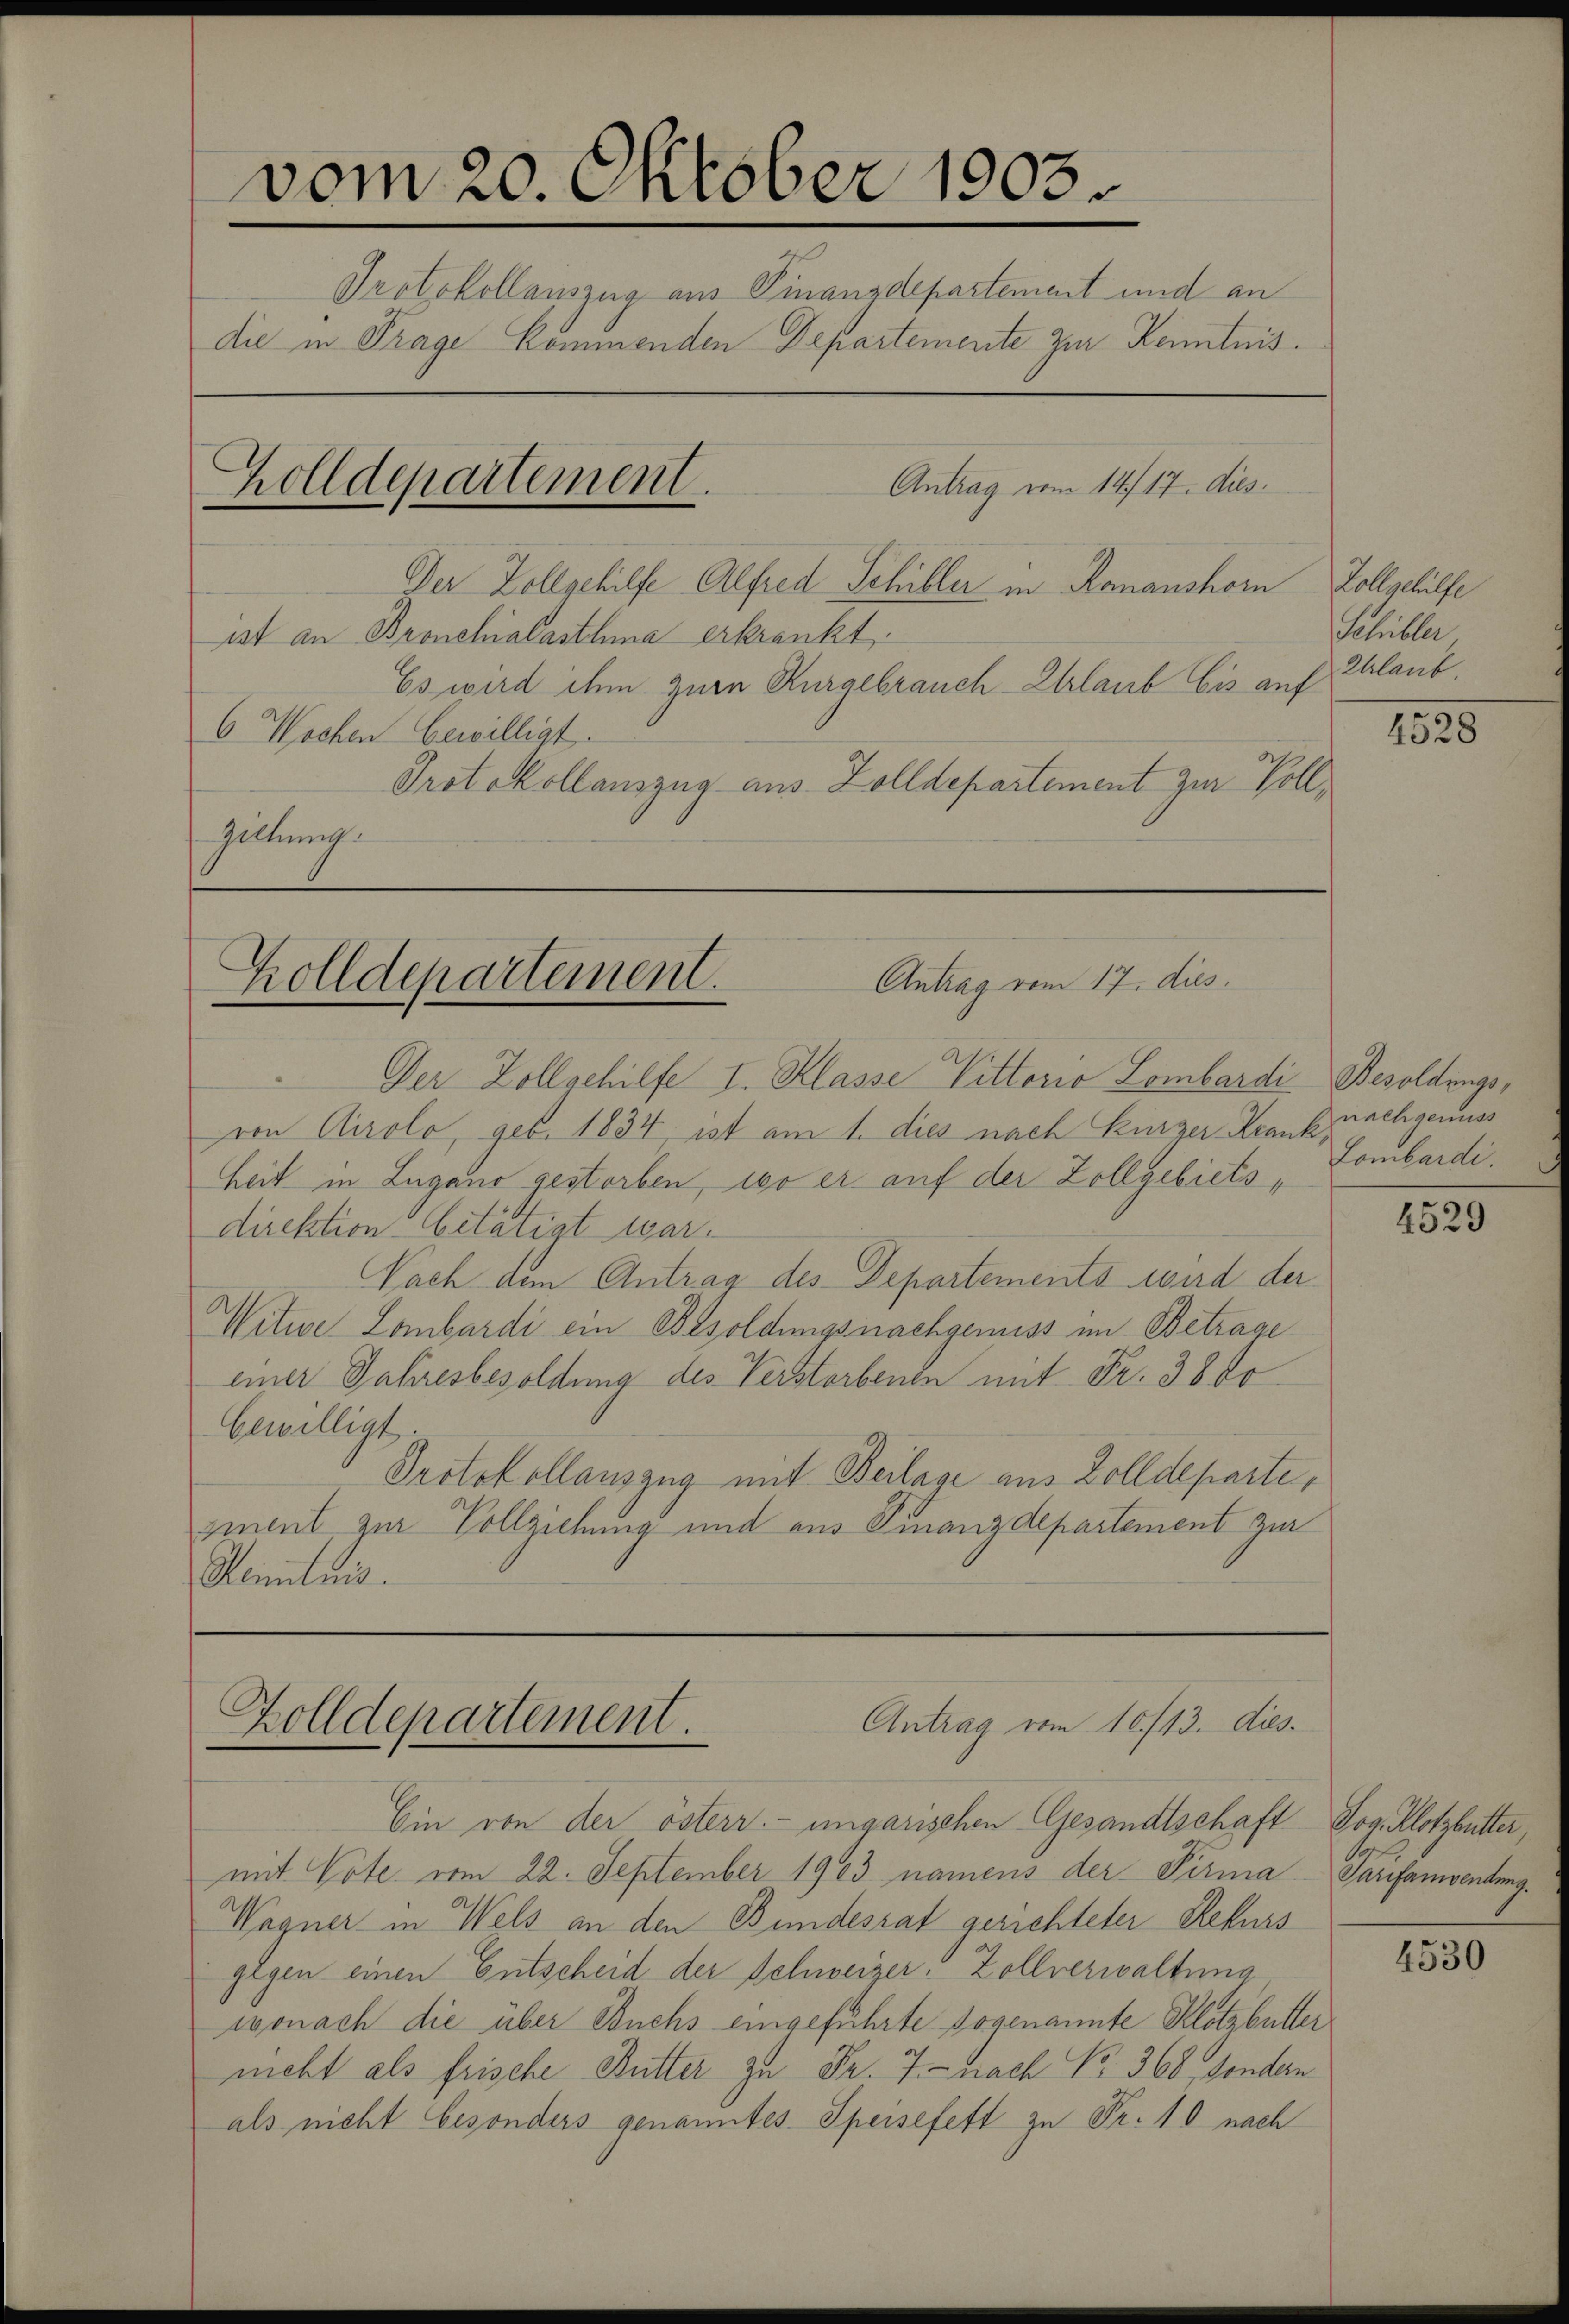
vom 20. Oktober 1903.
Protokollauszug aus Finanzdepartement und an
die in Frage kommenden Departemente zur Kenntnis¬
Antrag vom 14. 17. dies
Holldepartement.
Der Zollgehilfe Alfred Schiller in Romanshorn Zollgehülfe
ist an Bronchialastina erkrankt
Es wird ihm zur Kurgebrauch Erlaub bis auf Erlaub.
6 Wochen bewilligt.
Protokollauszug aus Zolldepartement zur Voll¬
Zillung

Antrag vom 17. dies
Zolldepartement.

Der Zollgehilfe I. Klasse Vittorio Lombardi Besoldungsvon Airolo, geb. 1834, ist am 1. dies nach Bürger Krankheit in Lugano gestorben, wo er auf der Zollgebietsdirektion betätigt war.
Nach dem Antrag des Departements wird der
Witwe Lombardi ein Besoldungsnachgewiss im Betrage
einer Jahresbesoldung des Verstorbenen mit Fr. 38 do
bewilligt
Protokollauszug mit Beilage aus Zolldeparte,
zient zur Vollziehung und aus Finanzdepartement zur
Kenntnis.

Antrag vom 10/13. dies
Zolldepartement.

Ein von der österr. ungarischen Gesandtschaft Jos. Klotzbutter,
mit Vote vom 22. September 1903 namens der Firma Sarfamventung.
Wagner in Wels an den Bundesrat gerichteter Rekurs
gegen einen Gutscheid der Schweizer-Zollverwaltung
wonach die über Buchs eingeführte sogenannte Klotzbütter
nicht als frische Butter zu Fr. 7. nach No. 368, sondern
als nicht besonders genanntes Speisefett zu Fr. 10 nach

Schbler,

1525

nachgenuss
Lombardi.

4529

4530